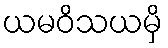
ယမဝိသယမှိ